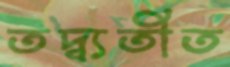
তদ্ব্যতীত